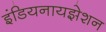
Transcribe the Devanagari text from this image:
इंडियनायझेशन